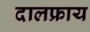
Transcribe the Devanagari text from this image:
दालफ्राय